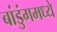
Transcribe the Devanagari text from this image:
बांडुंगमध्ये